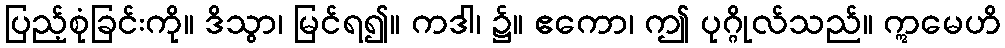
ပြည့်စုံခြင်းကို။ ဒိသွာ၊ မြင်ရ၍။ ကဒါ၊ ၌။ ဧကော၊ ဤ ပုဂ္ဂိုလ်သည်။ ဣမေဟိ